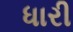
ધારી